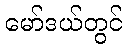
မော်ဒယ်တွင်